King Institute of Preventive Medicine Micro-Biological Section reports 1912-19
Year: 1912
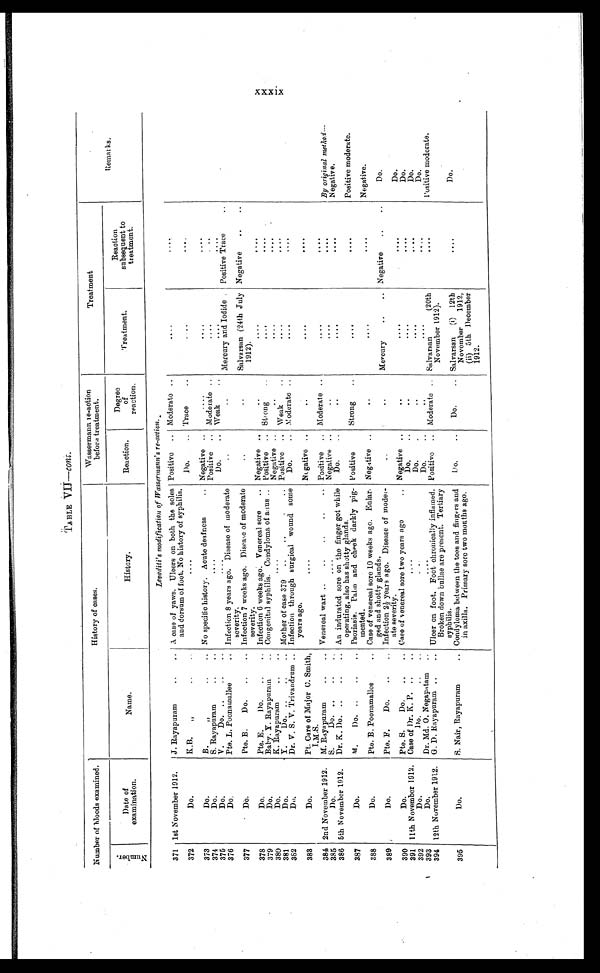
TABLE
VII— cont.
Number of bloods examined.
History of cases.
Wassermann. re-action
before treatment.
Treatment
N u m b e r .
Date of
examination.
Name.
History.
Reaction.
Degree
of
reaction .
Treatment.
Reaction
subsequent bsequent to
treatment.
Remarks.
Levaditi's modification of Wassermann's re-action.
371 1st November 1912.
J . Rayapuram . . .
A ease of yaws. Ulcers on both the soles
and dorsum of foot. No history of syphilis.
Positive . . . Moderate . . .
. . .
. . .
372
Do.
K.B.
„
. . .
. . .
Do. . . . Trace . . .
. . .
. . .
373
Do.
B.
"
. . .
No specific history. Acute deafness . . . Negative . . .
. . .
. . .
. . .
374
Do.
S. Rayapuram . . .
. . .
Positive . . .
Moderate . . .
. . .
. . .
375
Do.
V.
Do. . . .
. . .
Do. . . . Weak . . .
. . .
. . .
376
D o .
Pte. L. Poonamallee . . .
I n f e c t i o n 8 y e a r s a g o .
D i s e a s e o f m o d e r a t e
. . .
. . .
Mercury and Iodide . Positive Trace . . .
377
Do.
Pte. B.
Do. . . .
severity,
Infection 7 weeks ago. Disease of moderate
severity.
. . .
. . .
Salvarsan (24th July
1912).
Negative . . .
378
Do.
Pte. E.
Do. . . . Infection 6 weeks ago. Venereal sore . . . Negative . . .
. . .
. . .
. . .
379
Do.
Baby. Y. Rayapuram . . . Congenital syphilis. Condyloma of aaus . . . Positive . . . Strong . . .
. . .
. . .
380
Do.
K. Rayapuram. . . .
Negative . . . . . .
. . .
. . .
381
Do.
Y
.Do. . . . Mother of case 379 . . . Positive . . . Weak . . .
. . .
. . .
382
Do.
Dr. V. S. V. Trivandrum . . . Infection through surgical wound some
years ago.
Do. . . . Moderate . . .
. . . .
. . .
383
Do.
Pt. Care of Major C. Smith,
I.M.S.
. . .
Negative . . .
. . .
. . .
. . .
384 2nd November 1912.
M. Rayapuram . . . Venereal wart . . . Positive . . . Moderate . . .
. . .
. . .
By original method—Negative.
385
Do.
S.
Do. . . .
. . . .
Negative . . .
. . .
. . .
. . .
386 5th November 1912.
Dr. K. Do. . . . An indurated sore on the finger got while
operating, also has shotty glands.
Do. . . .
. . .
. . .
. . .
Negative.
387
Do.
M.
Do. . . . Psoriasis. Palm and cheek darkly pig-
mented.
Positive
Strong . . .
. . .
. . .
Positive moderate.
388
Do.
Pte. B. Poonamallee . . . Case of venereal sore 10 weeks ago. Enlar
ed and shotty glands.
Negative . . .
. . .
. . .
. . .
Negative.
389
Do.
Pte. F .
Do. . . . Infection 2½ years ago. Disease of moder-
ate severity.
. . .
. . .
Mercury . . .
Negative . . .
Do.
390
Do.
Pte. S.
Do. . . . Case of venereal sore two years ago . . . Negative . . .
. . .
. . .
. . .
Do.
391 11th November l912. Case of Dr. K. P. . . .
. . .
Do. . . .
. . .
. . .
. . .
Do.
Do.
392
Do.
D o , . . .
. . .
Do. . . .
. . .
. . .
. . .
393
Do.
Dr. Md. O . Negapatam . . .
. . . Do. . . .
. . .
. . .
. . .
Do.
394
12th November 1912.
G. D. Rayapuram . . . Ulcer on foot. Foot chronically inflamed.
Broken down bullae are present. Tertiary
syphilis.
Positive . . .
Moderate . . . Salvarsan
(20th
November 1912).
. . .
Positive moderate.
395
Do.
S. Nair, Rayapuram . . . Condyloma between the toes and fingers and
in axilla. Primary sore two months ago.
Do. . . .
Do. . . .
Salvarsan
(i)
12th
November
1912,
(ii) 5th December
1912.
. . .
Do.